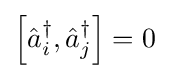
\left[{\hat {a}}_{i}^{\dagger },{\hat {a}}_{j}^{\dagger }\right]=0